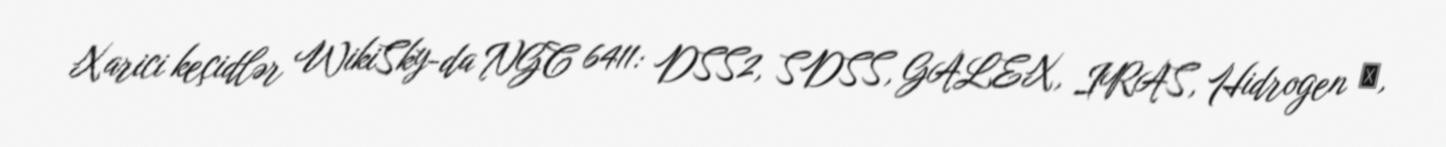
Xarici keçidlər WikiSky-da NGC 6411: DSS2, SDSS, GALEX, IRAS, Hidrogen α,